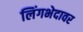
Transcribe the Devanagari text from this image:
लिंगभेदावर